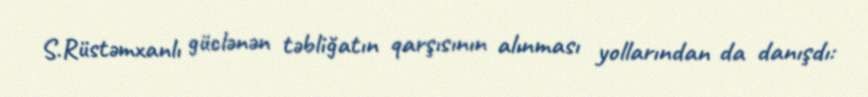
S.Rüstəmxanlı güclənən təbliğatın qarşısının alınması yollarından da danışdı: